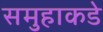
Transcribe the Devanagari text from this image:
समुहाकडे